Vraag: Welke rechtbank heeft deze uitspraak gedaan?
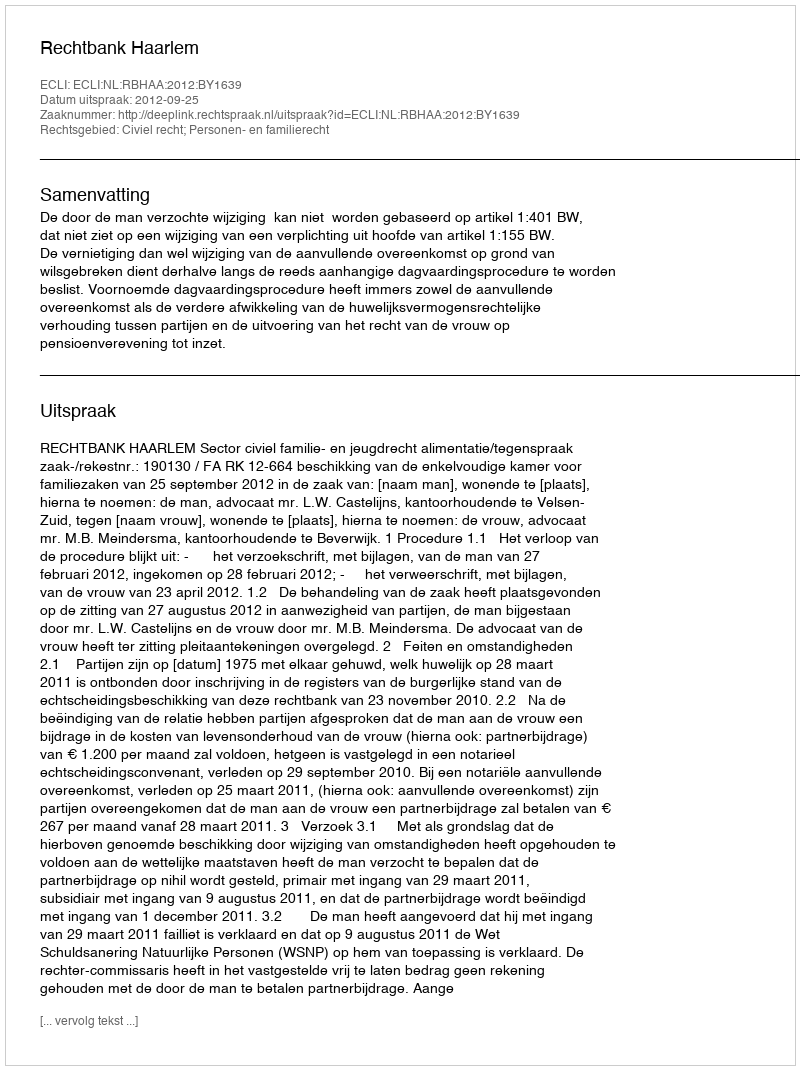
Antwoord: Rechtbank Haarlem